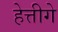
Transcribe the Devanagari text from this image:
हेत्तीगे